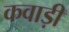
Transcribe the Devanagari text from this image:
कवाड़ी